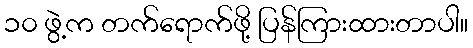
၁၀ ဖွဲ့က တက်ရောက်ဖို့ ပြန်ကြားထားတာပါ။